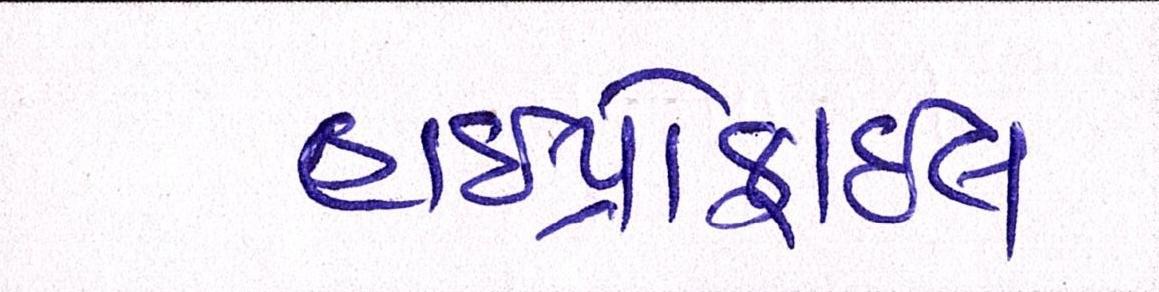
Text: હાઇપ્રોફાઇલ